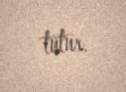
tutur.